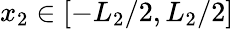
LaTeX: x_{2}\in\left[{-{L_{2}}/2,{L_{2}}/2}\right]